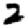
Digit: 2